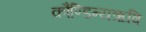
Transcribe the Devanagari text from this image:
कौण्डिन्यऋषि